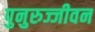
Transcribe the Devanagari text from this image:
पुनुरुज्जीवन